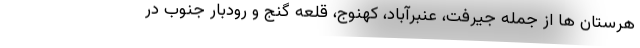
هرستان ها از جمله جیرفت، عنبرآباد، کهنوج، قلعه گنج و رودبار جنوب در